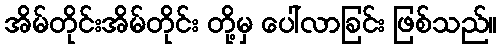
အိမ်တိုင်းအိမ်တိုင်း တို့မှ ပေါ်လာခြင်း ဖြစ်သည်။